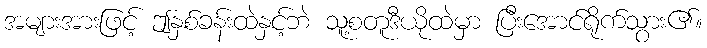
အများအားဖြင့် ဤနှစ်ခန်းထဲနှင့်ဘဲ သူ့စတူဒီယိုထဲမှာ ပြီးအောင်ရိုက်သွား၏။